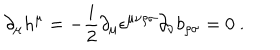
LaTeX: \partial _ { \mu } h ^ { \mu } = - { \frac { i } { 2 } } \partial _ { \mu } \epsilon ^ { \mu \nu \rho \sigma } \partial _ { \nu } b _ { \rho \sigma } = 0 \ .